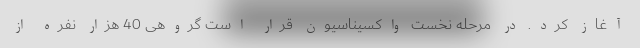
آغاز کرد. در مرحله نخست واکسیناسیون قرار است گروهی 40 هزار نفره از